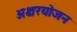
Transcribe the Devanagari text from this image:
अक्षरयोजन